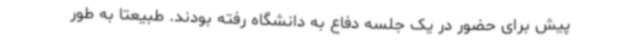
پیش برای حضور در یک جلسه دفاع به دانشگاه رفته بودند. طبیعتا به طور